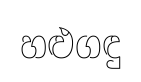
හළුගඳු